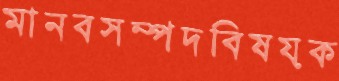
মানবসম্পদবিষয়ক